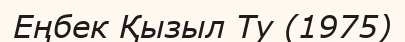
Еңбек Қызыл Ту (1975)